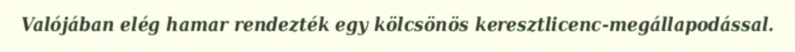
Valójában elég hamar rendezték egy kölcsönös keresztlicenc-megállapodással.